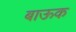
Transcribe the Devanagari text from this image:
बाऊक